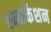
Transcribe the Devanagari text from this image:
एम्बार्केशन